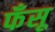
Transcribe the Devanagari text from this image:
फँसू